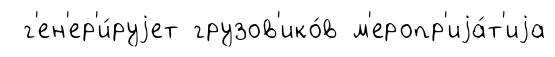
г'ен'ер'и́руjет грузов'ико́в м'еропр'иjа́т'иjа